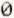
0